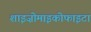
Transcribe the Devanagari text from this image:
शाइज़ोमाइकोफाइटा